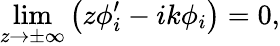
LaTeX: \operatorname*{lim}_{z\to\pm\infty}\left(z\phi_{i}^{\prime}-ik\phi_{i}\right)=0,